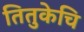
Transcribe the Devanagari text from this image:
तितुकेचि